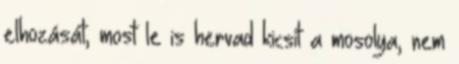
elhozását, most le is hervad kicsit a mosolya, nem